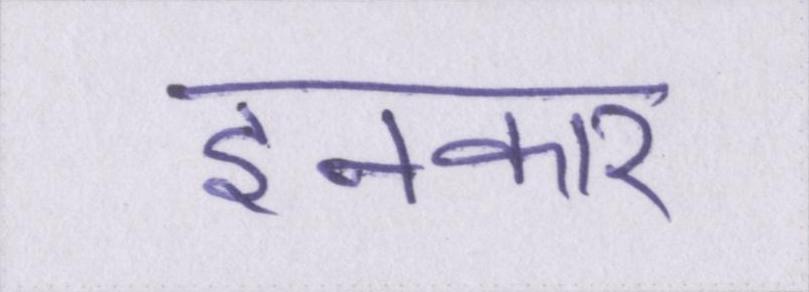
इनकार